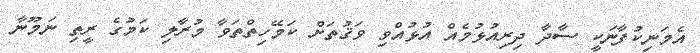
އެމަނިކުފާނަކީ ސާދާ ދިރިއުޅުމެއް އުޅުއްވި ވަޤުތަށް ކަމޭހިތްތަވާ މުރާލި ކަމުގެ ރީތި ނަމޫނާ